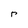
Character: r